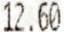
12.60